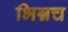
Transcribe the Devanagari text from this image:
भिन्नच